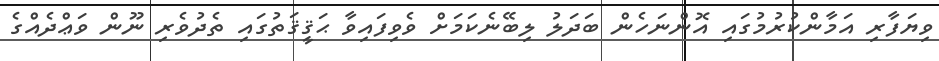
ވިޔަފާރި އަމާންކުރުމުގައި އޮންނަހެން ބަދަލު ލިބޭނެކަމަށް ވެވިފައިވާ ޙަޤީޤަތުގައި ތެދުވެރި ނޫން ވަޢްދެއްގެ